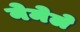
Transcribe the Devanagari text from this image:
नेमेले